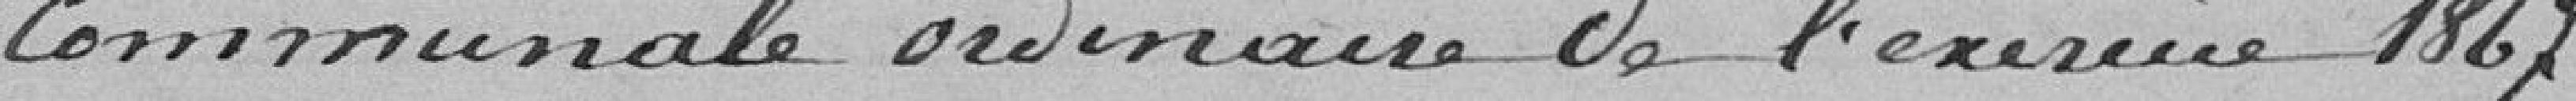
communale ordinaire de l'exercice 1867.